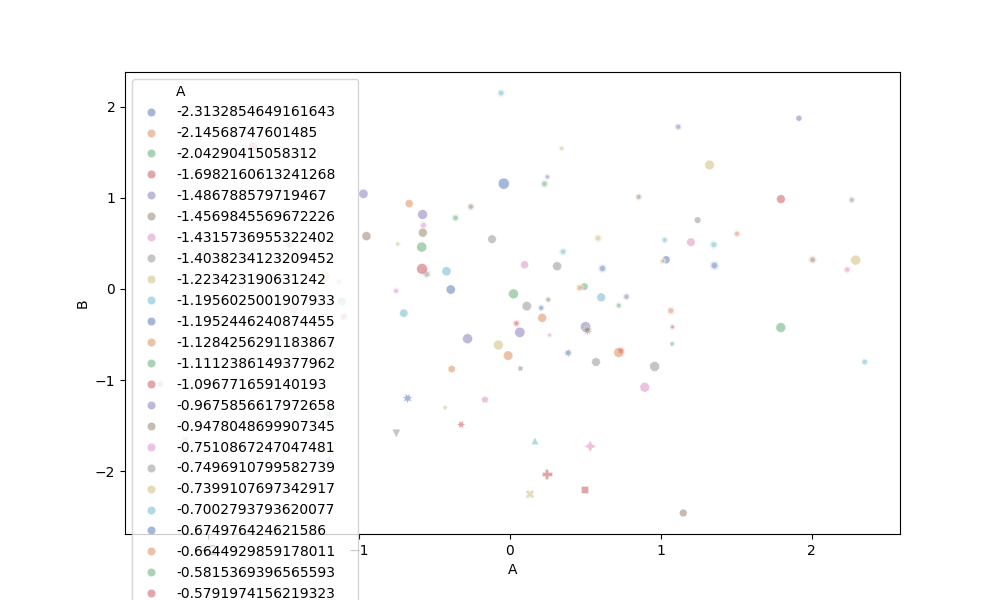
python, seaborn, scatterplot, hue='A', style='B', size='C', palette='deep', alpha=0.5